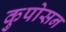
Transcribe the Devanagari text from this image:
कुपोसन